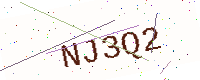
Text: NJ3Q2